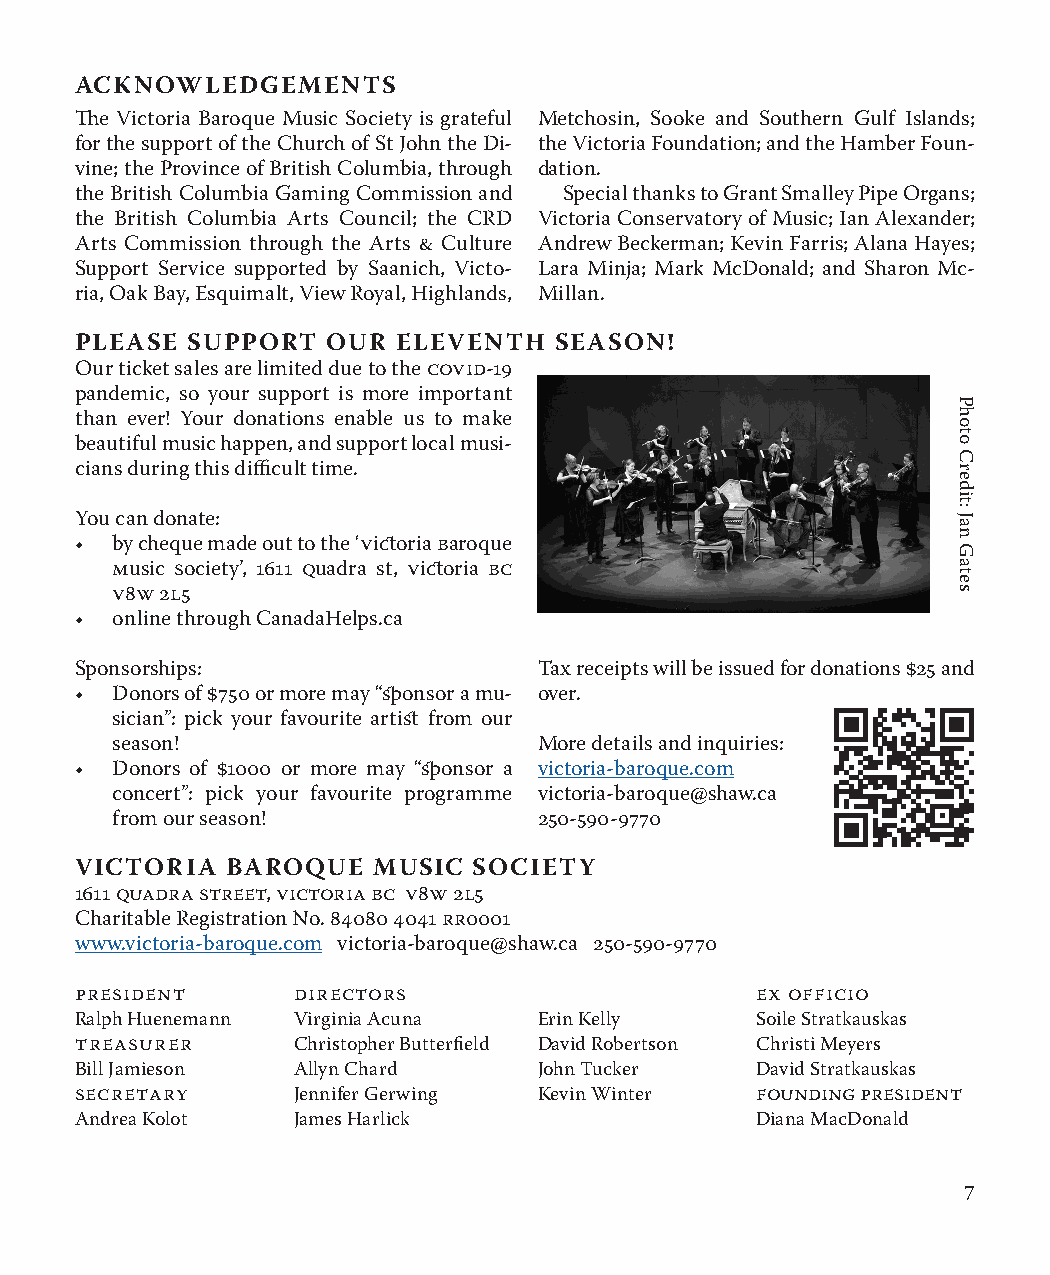
ACKNOWLEDGEMENTS
 The Victoria Baroque Music Society is grateful Metchosin, Sooke and Southern Gulf Islands;
 for the support of the Church of St John the Di- the Victoria Foundation; and the Hamber Foun-
 vine; the Province of British Columbia, through dation.
 the British Columbia Gaming Commission and Special thanks to Grant Smalley Pipe Organs;
 the British Columbia Arts Council; the CRD Victoria Conservatory of Music; Ian Alexander;
 Arts Commission through the Arts & Culture Andrew Beckerman; Kevin Farris; Alana Hayes;
 Support Service supported by Saanich, Victo- Lara Minja; Mark McDonald; and Sharon Mc-
 ria, Oak Bay, Esquimalt, View Royal, Highlands, Millan.
 PLEASE SUPPORT   OUR ELEVENTH   SEASON!
 Our ticket sales are limited due to the covid-19
 pandemic, so your support is more important
 than ever! Your donations enable us to make
 beautiful music happen, and support local musi-
 cians during this difficult time.
 You can donate:
 • by cheque made out to the ‘victoria baroque
 music society’, 1611 quadra st, victoria bc
 V8W 2L5
 • online through CanadaHelps.ca
 Sponsorships:                  Tax receipts will be issued for donations $25 and
 • Donors of $750 or more may “sponsor a mu- over.
 sician”: pick your favourite artist from our
 season!                      More details and inquiries:
 • Donors of $1000 or more may “sponsor a victoria-baroque.com
 concert”: pick your favourite programme victoria-baroque@shaw.ca
 from our season!             250-590-9770
 VICTORIA  BAROQUE   MUSIC SOCIETY
 1611 Quadra Street, Victoria BC V8W 2L5
 Charitable Registration No. 84080 4041 RR0001
 www.victoria-baroque.com victoria-baroque@shaw.ca 250-590-9770
 President     Directors                      Ex Officio
 Ralph Huenemann Virginia Acuna Erin Kelly    Soile Stratkauskas
 Treasurer     Christopher Butterfield David Robertson Christi Meyers
 Bill Jamieson Allyn Chard      John Tucker   David Stratkauskas
 Secretary     Jennifer Gerwing Kevin Winter  Founding President
 Andrea Kolot  James Harlick                  Diana MacDonald
 7
 Photo
 Credit:
 Jan
 Gates